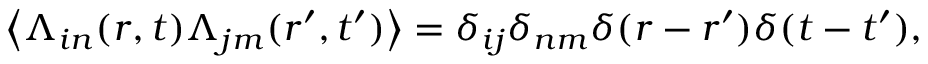
\begin{array} { r } { \big \langle { \boldsymbol { \Lambda } } _ { i n } ( \boldsymbol { r } , t ) { \boldsymbol { \Lambda } } _ { j m } ( \boldsymbol { r } ^ { \prime } , t ^ { \prime } ) \big \rangle = \delta _ { i j } \delta _ { n m } \delta ( \boldsymbol { r } - \boldsymbol { r } ^ { \prime } ) \delta ( t - t ^ { \prime } ) , } \end{array}